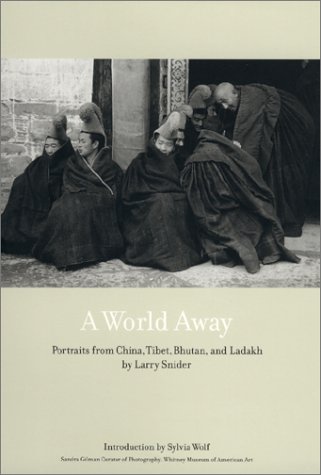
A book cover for A World Away: Portraits from China, Tibet, Bhutan, and Ladakh; Larry Snider; Travel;